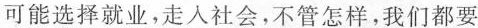
可能选择就业，走人社会，不管怎样，我们都要